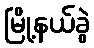
မြို့နယ်ခွဲ